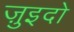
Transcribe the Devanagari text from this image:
ज़ुइदो